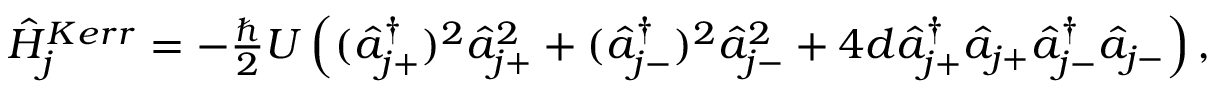
\begin{array} { r } { \hat { H } _ { j } ^ { K e r r } = - \frac { \hbar } { 2 } U \left( ( \hat { a } _ { j + } ^ { \dagger } ) ^ { 2 } \hat { a } _ { j + } ^ { 2 } + ( \hat { a } _ { j - } ^ { \dagger } ) ^ { 2 } \hat { a } _ { j - } ^ { 2 } + 4 d \hat { a } _ { j + } ^ { \dagger } \hat { a } _ { j + } \hat { a } _ { j - } ^ { \dagger } \hat { a } _ { j - } \right) , } \end{array}